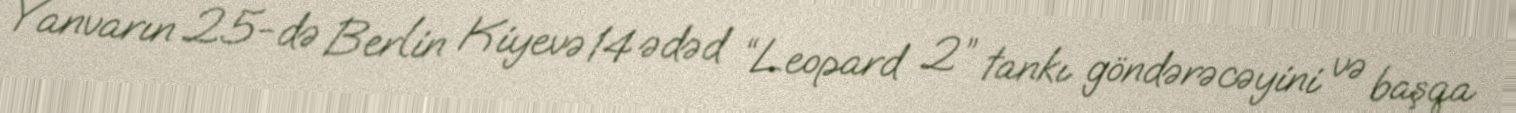
Yanvarın 25-də Berlin Kiyevə 14 ədəd “Leopard 2” tankı göndərəcəyini və başqa